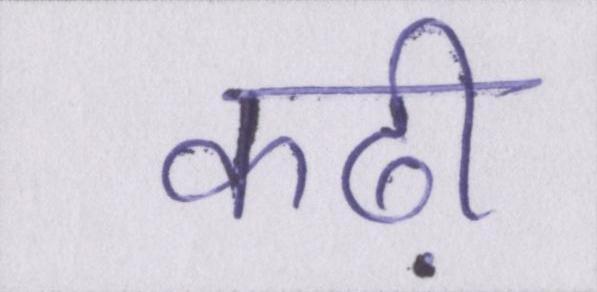
कढ़ी